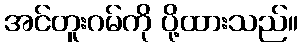
အင်တူးဂမ်ကို ပို့ထားသည်။